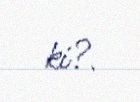
ki?.